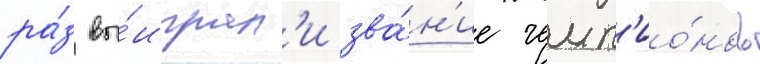
ра́з вы́играл'и зва́н'ие чемп'ио́нов